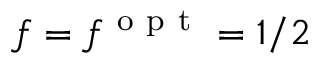
f = f ^ { \mathrm { ~ o ~ p ~ t ~ } } = 1 / 2